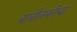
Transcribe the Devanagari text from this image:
बांधीलकीचा